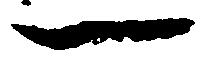
一